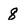
Character: 8